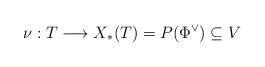
LaTeX: \begin{align*}\nu : T \longrightarrow X_*(T)=P(\Phi^\vee) \subseteq V\end{align*}